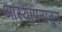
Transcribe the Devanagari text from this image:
आस्थापनातून